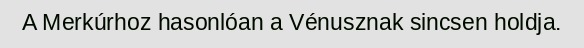
A Merkúrhoz hasonlóan a Vénusznak sincsen holdja.